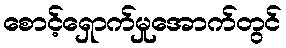
စောင့်ရှောက်မှုအောက်တွင်